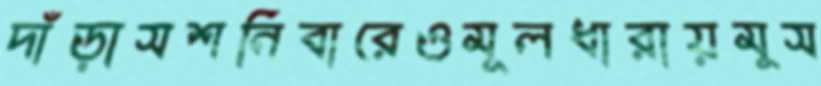
দাঁড়াসশনিবারেওমূলধারায়মুস